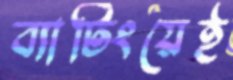
ব্যাটিংয়েই